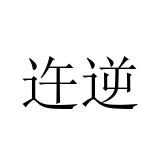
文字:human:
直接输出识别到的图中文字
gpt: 迕逆